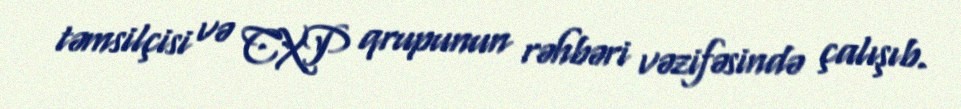
təmsilçisi və CXP qrupunun rəhbəri vəzifəsində çalışıb.